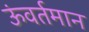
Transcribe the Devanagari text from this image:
ऊंवर्तमान